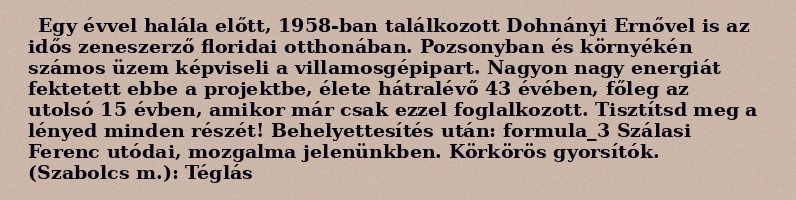
Egy évvel halála előtt, 1958-ban találkozott Dohnányi Ernővel is az idős zeneszerző floridai otthonában. Pozsonyban és környékén számos üzem képviseli a villamosgépipart. Nagyon nagy energiát fektetett ebbe a projektbe, élete hátralévő 43 évében, főleg az utolsó 15 évben, amikor már csak ezzel foglalkozott. Tisztítsd meg a lényed minden részét! Behelyettesítés után: formula_3 Szálasi Ferenc utódai, mozgalma jelenünkben. Körkörös gyorsítók. (Szabolcs m.): Téglás